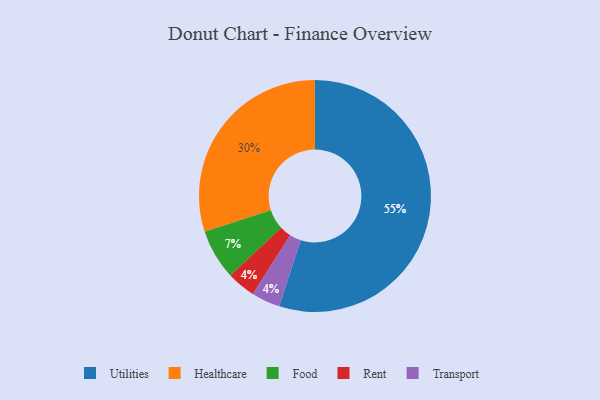
{"axis": {"x": "Category", "y": "Percentage"}, "legend": ["Food", "Healthcare", "Rent", "Transport", "Utilities"], "data": [{"x": "Utilities", "y": 55, "type": "Utilities"}, {"x": "Rent", "y": 4, "type": "Rent"}, {"x": "Transport", "y": 4, "type": "Transport"}, {"x": "Healthcare", "y": 30, "type": "Healthcare"}, {"x": "Food", "y": 7, "type": "Food"}]}